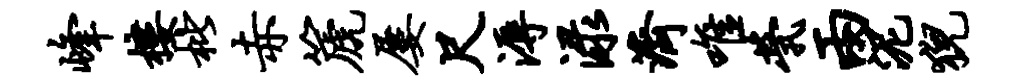
峰楼枇赤篪屡尺溽渌济唯茕两泥猊